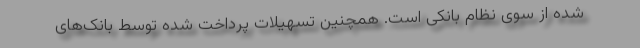
شده از سوی نظام بانکی است. همچنین تسهیلات پرداخت شده توسط بانک‌های